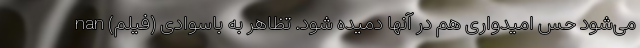
می‌شود حس امیدواری هم در آنها دمیده شود. تظاهر به باسوادی (فیلم) nan